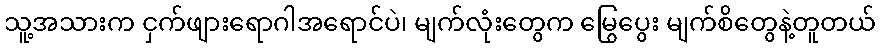
သူ့အသားက ငှက်ဖျားရောဂါအရောင်ပဲ၊ မျက်လုံးတွေက မြွေပွေး မျက်စိတွေနဲ့တူတယ်